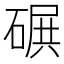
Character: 𥔤